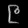
Digit: ၉